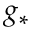
g _ { * }